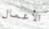
الأعمال